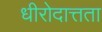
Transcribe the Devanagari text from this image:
धीरोदात्तता